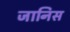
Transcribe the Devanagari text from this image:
जानिस